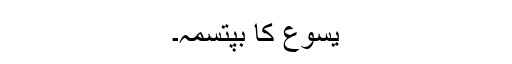
یسوع کا بپتسمہ۔